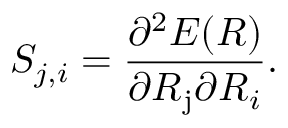
S _ { j , i } = \frac { \partial ^ { 2 } { E } ( \boldsymbol { R } ) } { \partial \boldsymbol { R } _ { \mathrm { j } } \partial \boldsymbol { R } _ { i } } .